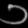
Digit: ၁